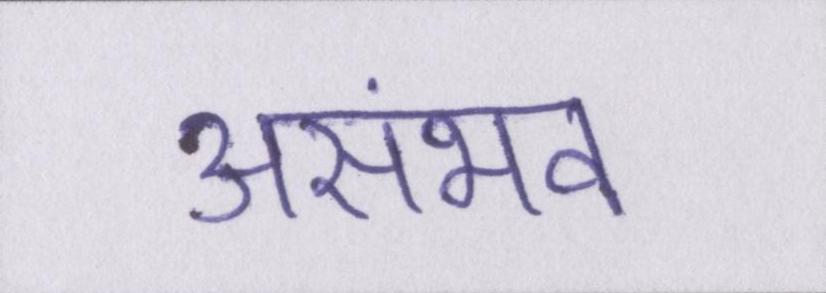
असंभव